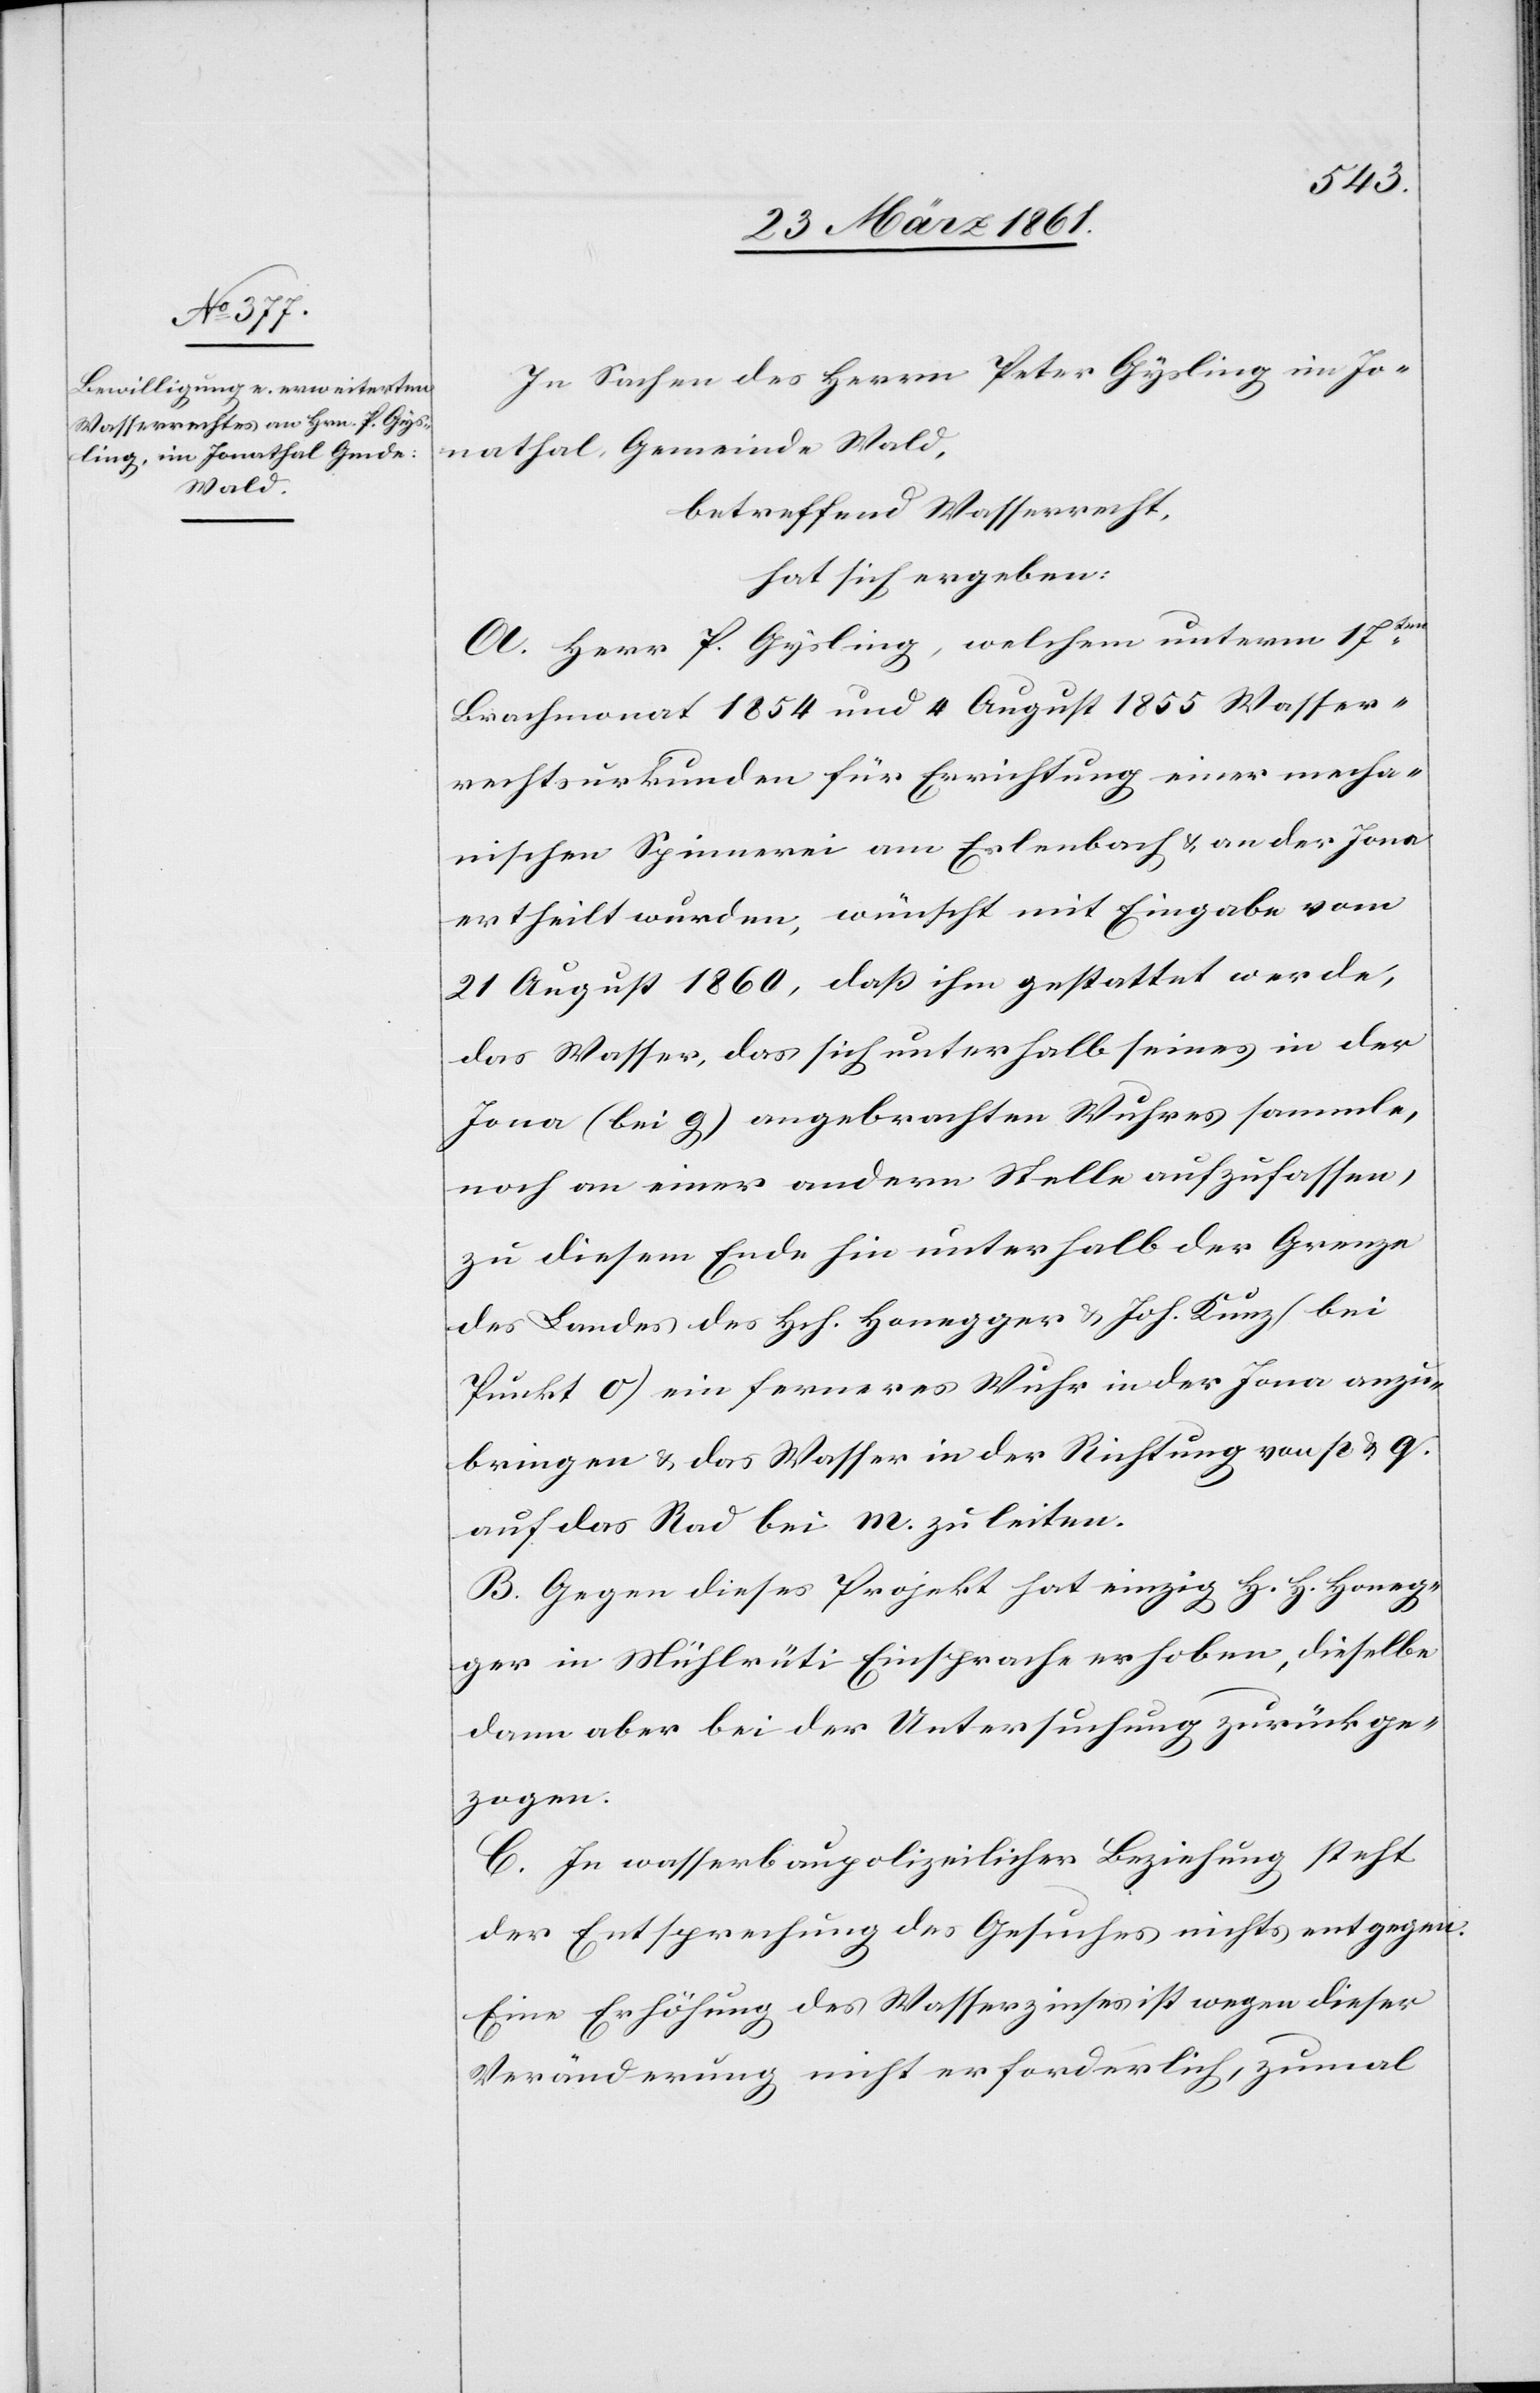
In Sachen des Herrn Peter Gysling im Jo¬
nathal, Gemeinde Wald,
betreffend Wasserrecht,
hat sich ergeben:
A. Herr P. Gysling, welchem unterm 17ten
Brachmonat 1854 und 4. August 1855 Wasser¬
rechtsurkunden für Errichtung einer mecha¬
nischen Spinnerei am Erlenbach u. an der Jona
ertheilt wurden, wünscht mit Eingabe vom
21. August 1860, daß ihm gestattet werde,
das Wasser, das sich unterhalb seines in der
Jona (bei g) angebrachten Wuhres sammle,
noch an einer andern Stelle aufzufassen,
zu diesem Ende hin unterhalb der Grenze
des Landes des Hch. Honegger u. Joh. Kunz (bei
Punkt o) ein ferneres Wuhr in der Jona anzu¬
bringen u. das Wasser in der Richtung von p u. q
auf das Rad bei m. zu leiten.
B. Gegen dieses Projekt hat einzig H. H. Honeg¬
ger in Mühlrüti Einsprache erhoben, dieselbe
dann aber bei der Untersuchung zurückge¬
zogen.
C. In wasserbaupolizeilicher Beziehung steht
der Entsprechung des Gesuches nichts entgegen.
Eine Erhöhung des Wasserzinses ist wegen dieser
Veränderung nicht erforderlich, zumal